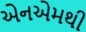
એનએમથી